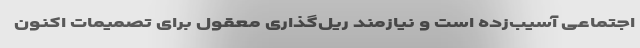
اجتماعی آسیب‌زده است و نیازمند ریل‌گذاری معقول برای تصمیمات اکنون